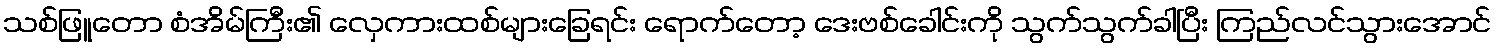
သစ်ဖြူတော စံအိမ်ကြီး၏ လှေကားထစ်များခြေရင်း ရောက်တော့ ဒေးဗစ်ခေါင်းကို သွက်သွက်ခါပြီး ကြည်လင်သွားအောင်